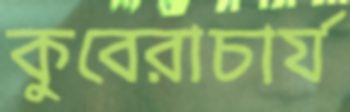
কুবেরাচার্য